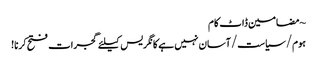
~ مضامین ڈاٹ کام
ہوم/سیاست/آسان نہیں ہے کانگریس کیلئے گجرات فتح کرنا!